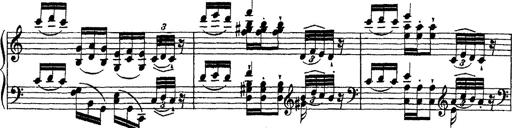
Title: Ã‰tudes d'exÃ©cution transcendante d'aprÃ¨s Paganini
Composer: Franz Liszt